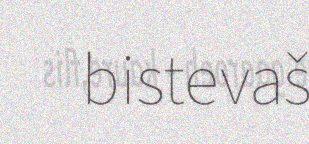
bistevaš